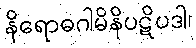
နိရောဓဂါမိနိပဋိပဒါ၊